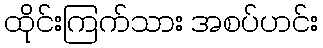
ထိုင်းကြက်သား အစပ်ဟင်း